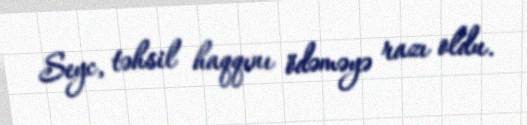
Seyc, təhsil haqqını ödəməyə razı oldu.